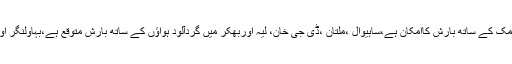
محکمہ موسمیات کا مزید ہے کہ گوجرانوالہ ،گجرات اور لاہور میں آندھی اور گرج چمک کے ساتھ بارش کاامکان ہے،ساہیوال ،ملتان ،ڈی جی خان، لیہ اوربھکر میں گردآلود ہواﺅں کے ساتھ بارش متوقع ہے،بہاولنگر اور بہاولپور میں بھی گردآلو ہوائیں چلنے کے ساتھ بعض مقامات پر بارش کی توقع ہے۔